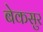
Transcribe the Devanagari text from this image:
बेकसुर